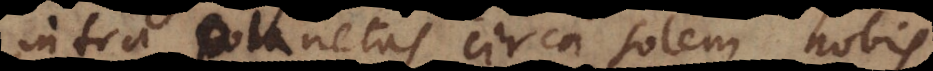
intra planetas circa solem nobis